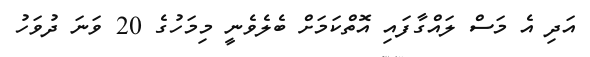
އަދި އެ މަސް ލައްގާފައި އޮތްކަމަށް ބެލެވެނީ މިމަހުގެ 20 ވަނަ ދުވަހު